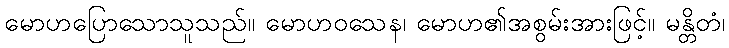
မောဟပြောသောသူသည်။ မောဟဝသေန၊ မောဟ၏အစွမ်းအားဖြင့်။ မန္တိတံ၊